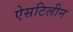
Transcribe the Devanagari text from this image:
ऐसटिलीन